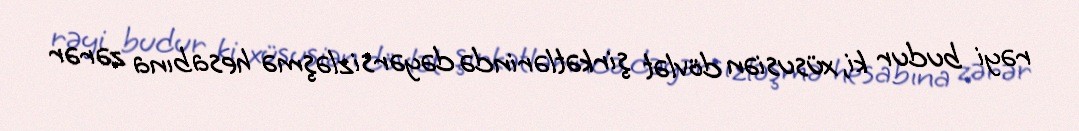
rəyi budur ki, xüsusiən dövlət şirkətlərində dəyərsizləşmə hesabına zərər